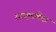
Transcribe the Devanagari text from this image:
स्टाइनबैक